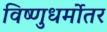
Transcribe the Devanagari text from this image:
विष्णुधर्मोतर